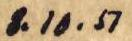
8.10.51